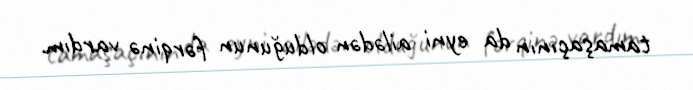
tamaşaçının da eyni ailədən olduğunun fərqinə vardım.